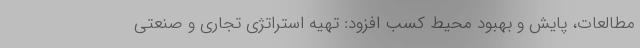
مطالعات، پایش و بهبود محیط کسب افزود: تهیه استراتژی تجاری و صنعتی